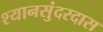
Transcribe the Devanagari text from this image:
श्यानसुंदरदास